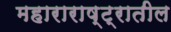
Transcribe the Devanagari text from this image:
महाराराष्ट्रातील